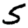
Digit: 5